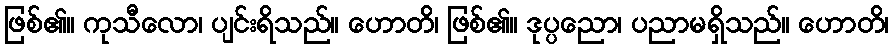
ဖြစ်၏။ ကုသီလော၊ ပျင်းရိသည်။ ဟောတိ၊ ဖြစ်၏။ ဒုပ္ပညော၊ ပညာမရှိသည်။ ဟောတိ၊